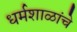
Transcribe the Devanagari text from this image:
धर्मशाळांचे